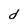
Character: d